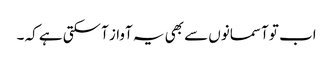
اب تو آسمانوں سے بھی یہ آواز آسکتی ہے کہ ۔